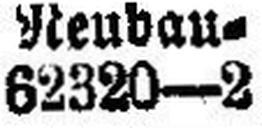
62320—2